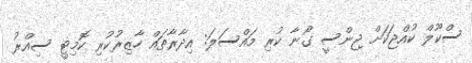
ސްކޫލް ކުއްޖަކަށް ޖިންސީ ގޯނާ ކުރި މައްސަލަ: އިދާރާތައް ހާޒިރުކުރި ކޮމިޓީ ސިއްރު